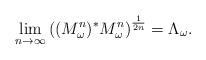
LaTeX: \begin{align*}\lim_{n\to\infty}\left((M^n_\omega)^*M^n_\omega\right)^{\frac{1}{2n}}=\Lambda_\omega.\end{align*}